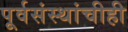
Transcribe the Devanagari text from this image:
पूर्वसंस्थांचीही